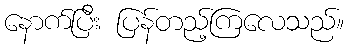
နောက်ပြီး ပြန်တည့်ကြလေသည်။